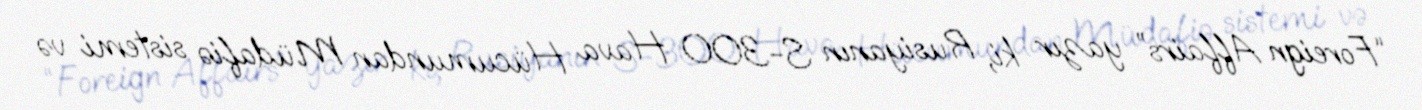
“Foreign Affairs” yazır ki, Rusiyanın S-300 Hava Hücumundan Müdafiə sistemi və